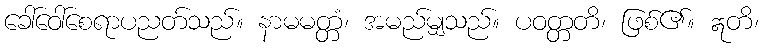
ခေါ်ဝေါ်စေရာပညတ်သည်။ နာမမတ္တံ၊ အမည်မျှသည်။ ပဝတ္တတိ၊ ဖြစ်၏။ ဣတိ၊